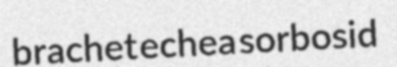
brachet echea sorbosid